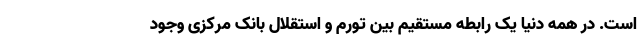
است. در همه دنیا یک رابطه مستقیم بین تورم و استقلال بانک مرکزی وجود